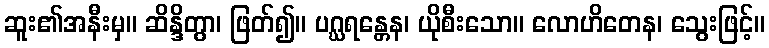
ဆူး၏အနီးမှ။ ဆိန္ဒိတွာ၊ ဖြတ်၍။ ပဂ္ဃရန္တေန၊ ယိုစီးသော။ လောဟိတေန၊ သွေးဖြင့်။